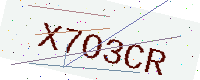
Text: X7O3CR